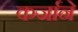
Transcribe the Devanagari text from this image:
कर्जाने